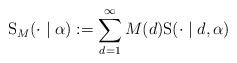
LaTeX: \begin{align*}\mathrm{S}_{M}(\cdot \mid \alpha ):=\mathop{\sum}_{d=1}^{\infty} M(d) \mathrm{S}( \cdot \mid d , \alpha)\end{align*}